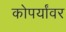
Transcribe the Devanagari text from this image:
कोपर्यांवर